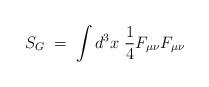
LaTeX: \begin{align*}S_G\;=\; \int d^3x \; \frac{1}{4} F_{\mu \nu} F_{\mu \nu}\end{align*}